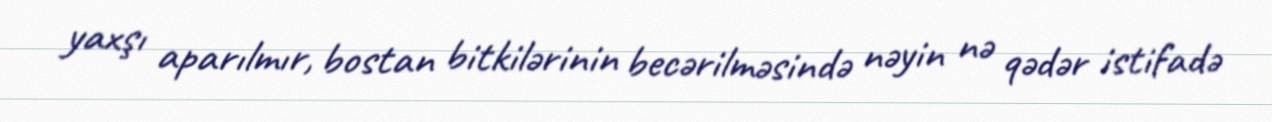
yaxşı aparılmır, bostan bitkilərinin becərilməsində nəyin nə qədər istifadə